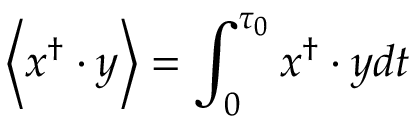
\left\langle \boldsymbol { x } ^ { \dagger } \cdot \boldsymbol { y } \right\rangle = \int _ { 0 } ^ { \tau _ { 0 } } \boldsymbol { x } ^ { \dagger } \cdot \boldsymbol { y } d t